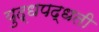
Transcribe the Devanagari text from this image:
युद्धपद्धती